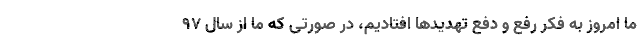
ما امروز به فکر رفع و دفع تهدیدها افتادیم، در صورتی که ما از سال ۹۷